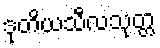
ဒုတိယသီလသုတ္တ